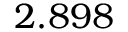
2 . 8 9 8